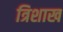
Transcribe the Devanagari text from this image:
त्रिशाख